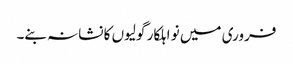
فروری میں نو اہلکار گولیوں کا نشانہ بنے۔